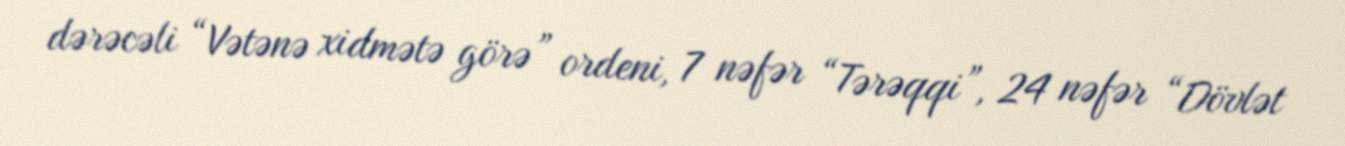
dərəcəli “Vətənə xidmətə görə” ordeni, 7 nəfər “Tərəqqi”, 24 nəfər “Dövlət